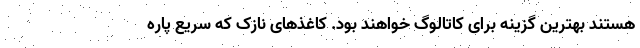
هستند بهترین گزینه برای کاتالوگ خواهند بود. کاغذهای نازک که سریع پاره